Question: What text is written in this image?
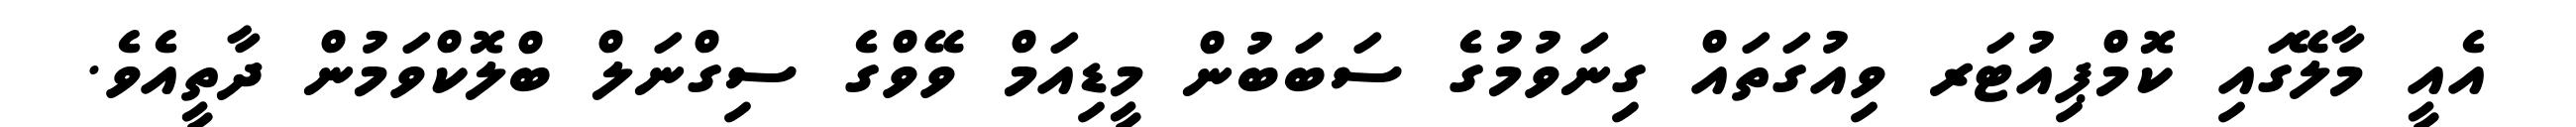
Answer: އެއީ މާލޭގައި ކޮމްޕިއުޓަރ ވިއުގަތައް ގިނަވުމުގެ ސަބަބުން މީޑިއަމް ވޭވްގެ ސިގްނަލް ބްލޮކްވަމުން ދާތީއެވެ.